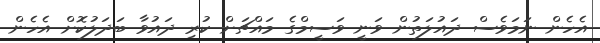
އެހެން ނަމަވެސް ދައުލަތުން ވަނީ ވަސީމްގެ މައްޗަށް ކުރި ދައުވާ ބަދަލުކޮށް އެހެން